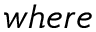
w h e r e